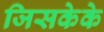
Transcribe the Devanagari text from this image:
जिसकेके